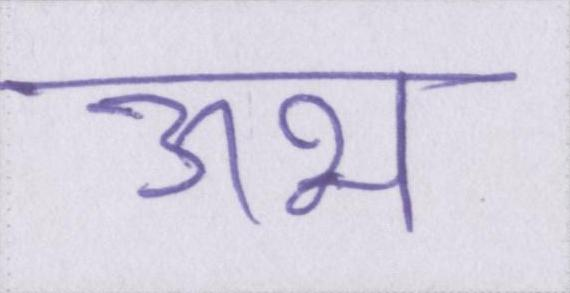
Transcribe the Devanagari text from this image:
ऊभ